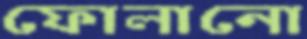
ফোলানো